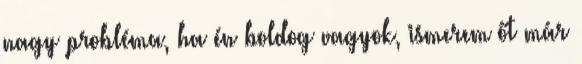
nagy probléma, ha én boldog vagyok, ismerem őt már